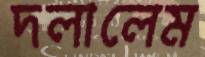
দলালেম